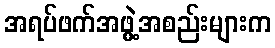
အရပ်ဖက်အဖွဲ့အစည်းများက